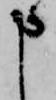
申